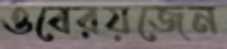
ওবেরয়জেন